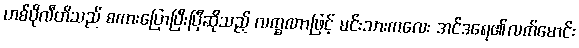
ဟစ်ပိုလီတိသည် စကားပြောပြီးပြီဆိုသည့် လက္ခဏာဖြင့် မင်းသားကလေး အင်ဒရေ၏လက်မောင်း